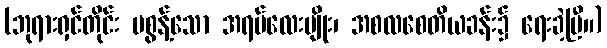
(ဘုရားရှင်တိုင်း မစွန့်သော အရပ်လေးမျိုး၊ အစလစေတိယခန်း၌ ရေးခဲ့ပြီ။)